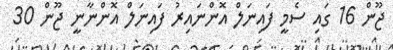
ޖޫން 16 ގައި ސެމީ ފައިނަލް އޮންނައިރު ފައިނަލް އޮންނާނީ ޖޫން 30